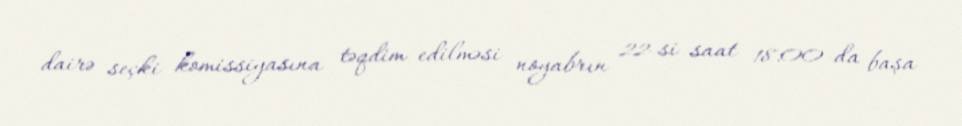
dairə seçki komissiyasına təqdim edilməsi noyabrın 22-si saat 18:00-da başa